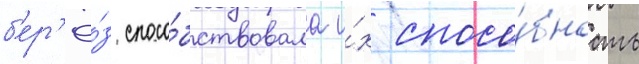
б'ер'ё́з спосо́бствовала и́х спосо́бность